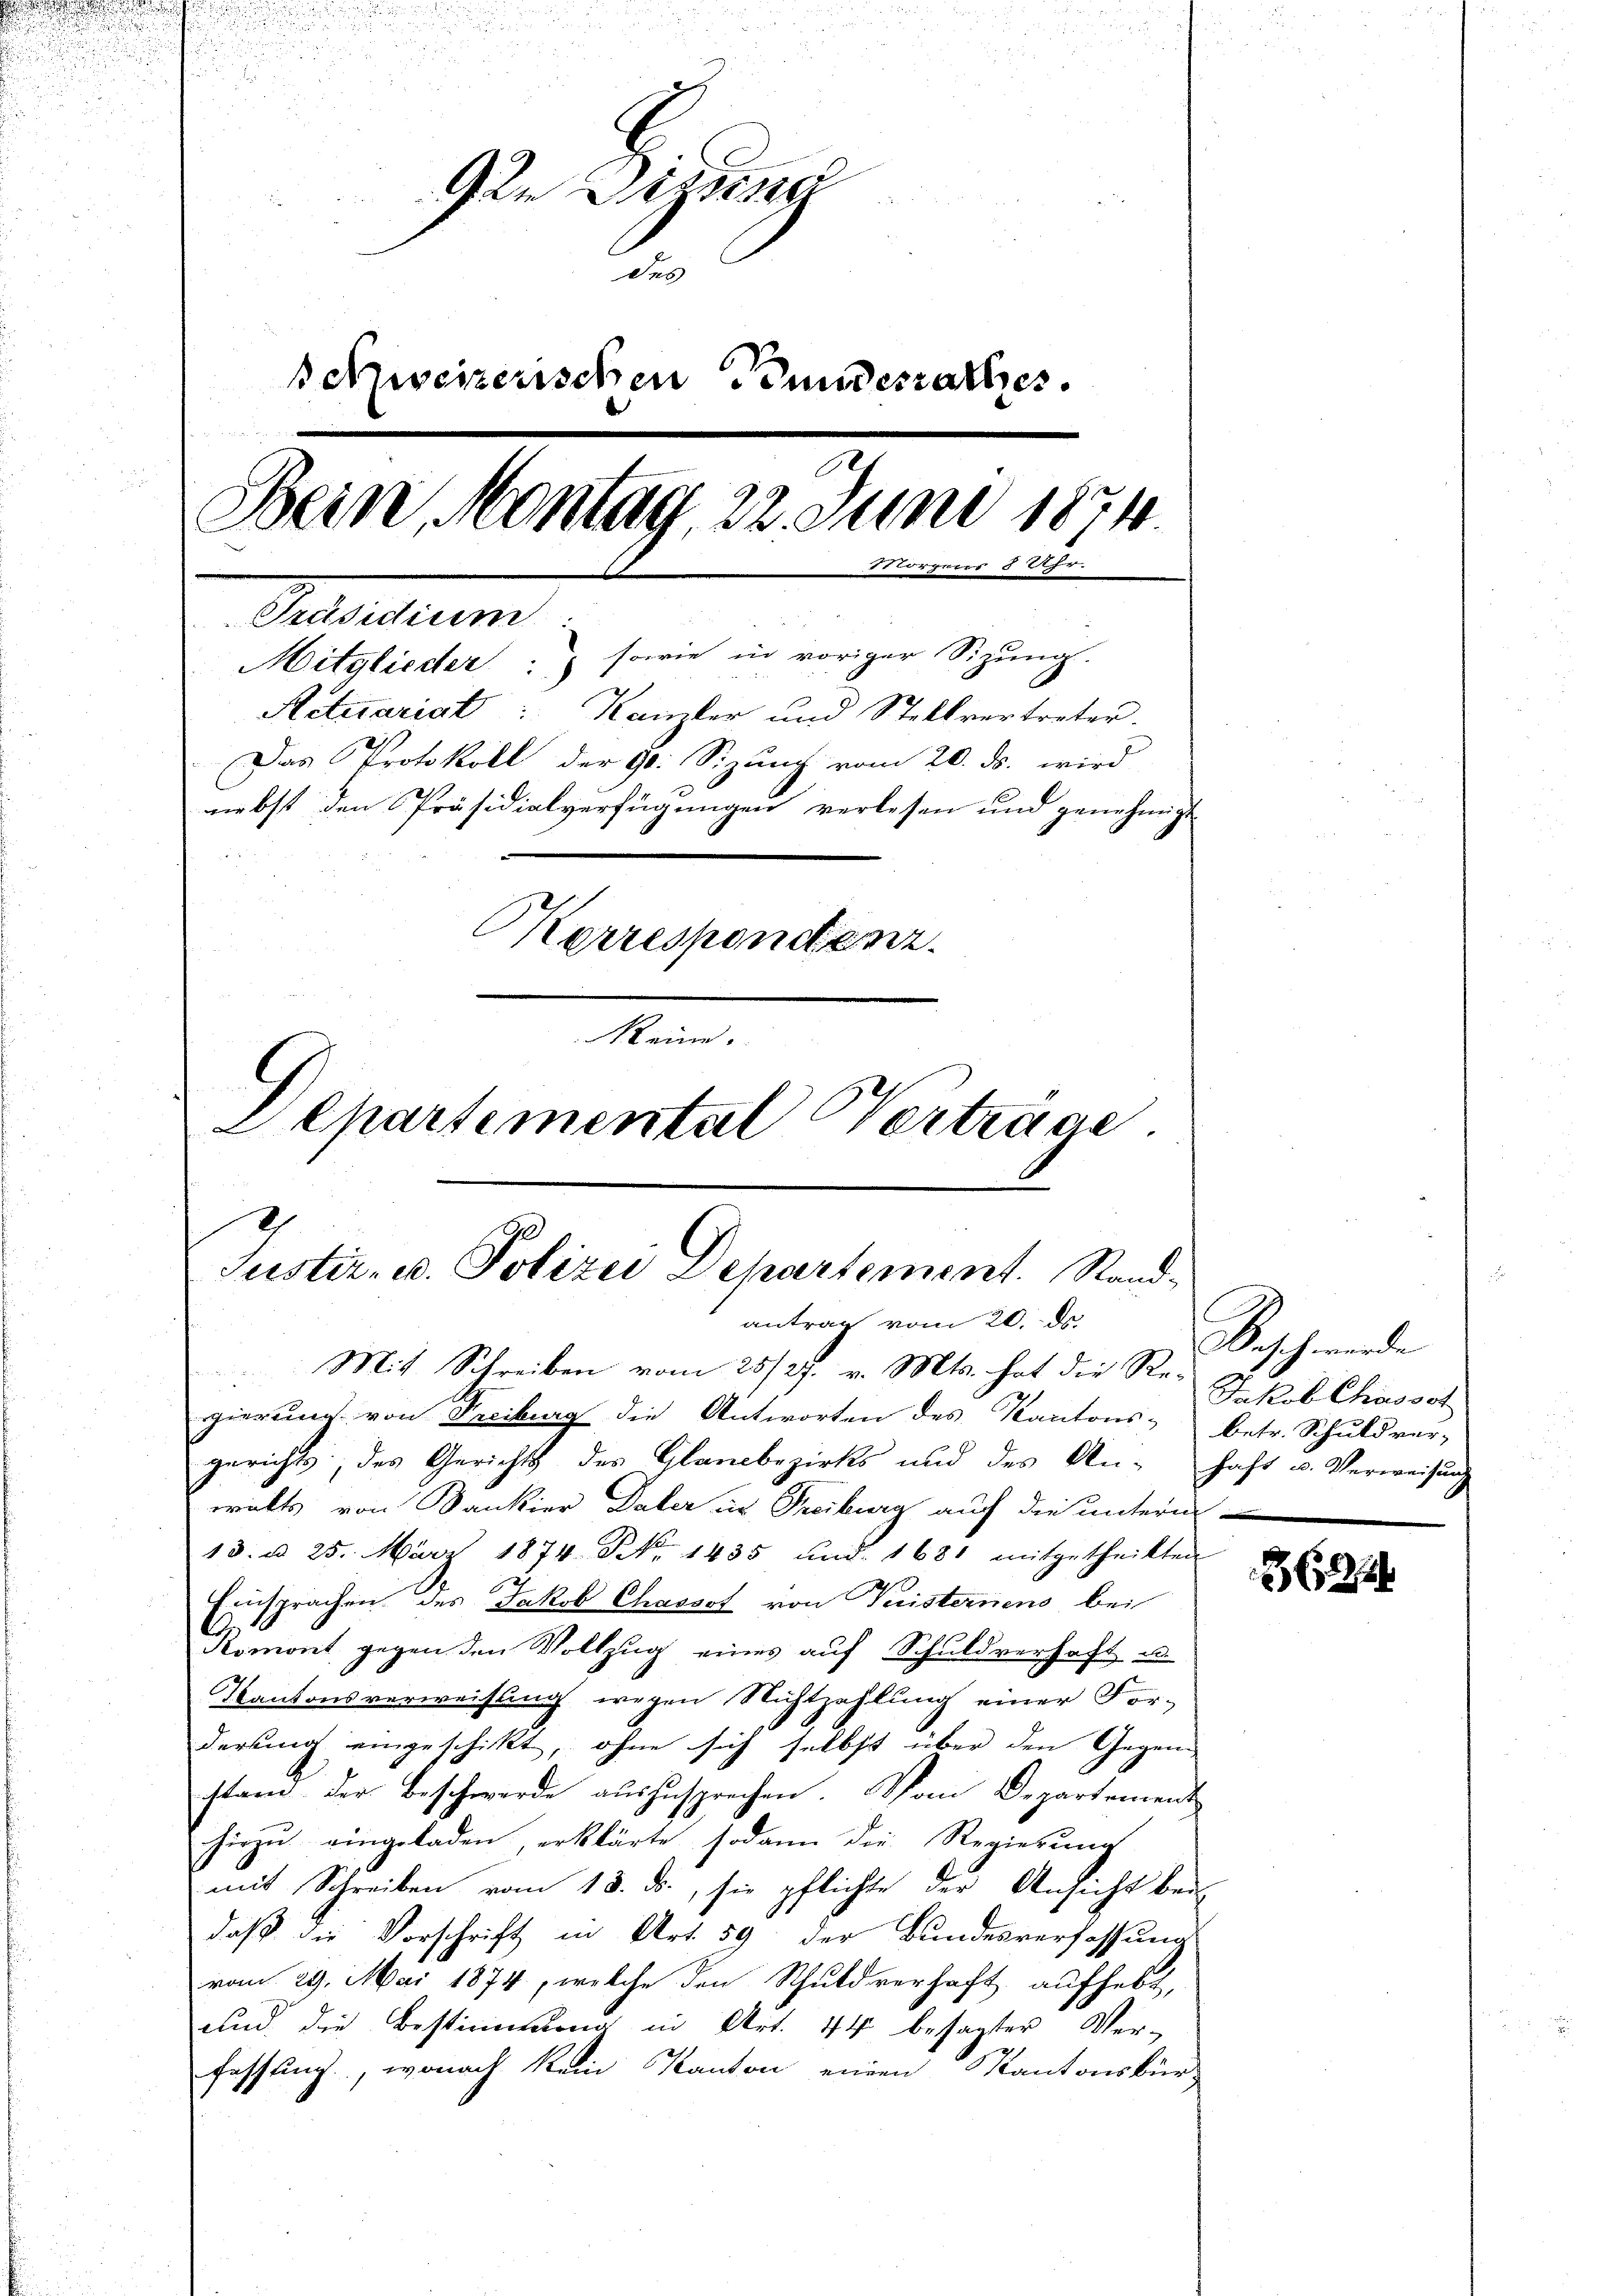
d

2
.
u
d
125

Gen Diezin
u
des
schweizerischen Bundesrathes.
Bein, Montag, 22. Juni 1874.
Morgens 8 Uhr.
Pedelun
Mitglieder sowie in voriger Sizung.
Actuariat : Kanzler und Stellvertreter.
Das Protokoll der 9. Sizung vom 20. ds. wird
nebst den Präsidialverfügungen verlesen und genehmigt
Korrespondenz.
Reine
Lepartemental Vertrage.

8
Justiz- u. Polizei Departement. Sandantrag vom 20. ds.
Mit Schreiben vom 25/27. v. Mts. hat die Re¬

gierung von Freiburg die Antworten des Kantons- betr. Schuldver-
gerichts, des Gerichts des Glanzbezirks und des An- haft u. Verweisŭng
walts von Dankier Daler in Treiburg auf die untern-
13. d. 25. März 1874. No 1435 und 1681 mitgetheilten
Einsprachen des Jakob Chassot von Turisternens bei
Romont, gegen den Vollzug eines auf Schuldverhaft u.
Kantonsverweisung wegen Nichtzahlung einer For-
derung eingeschickt, ohne sich selbst über den Gegen
stam. Der Beschwerde auszusprechen. Schon Departement
hiezu eingeladen, erklärte sodann die Regierung
mit Schreiben vom 13. ds., sie pflichte der Ansicht bei
daß die Vorschrift in Art. 59 der Bundesverfassung
vom 29. Mai 1874, welche den Schuldverhaft aufhebt,
und die Bestimmung in Art. 44 besagter Ver-
fassung, wonach kein Kanton einen Kantonsbür-

Beschwerde
Jakob Chassot

3622